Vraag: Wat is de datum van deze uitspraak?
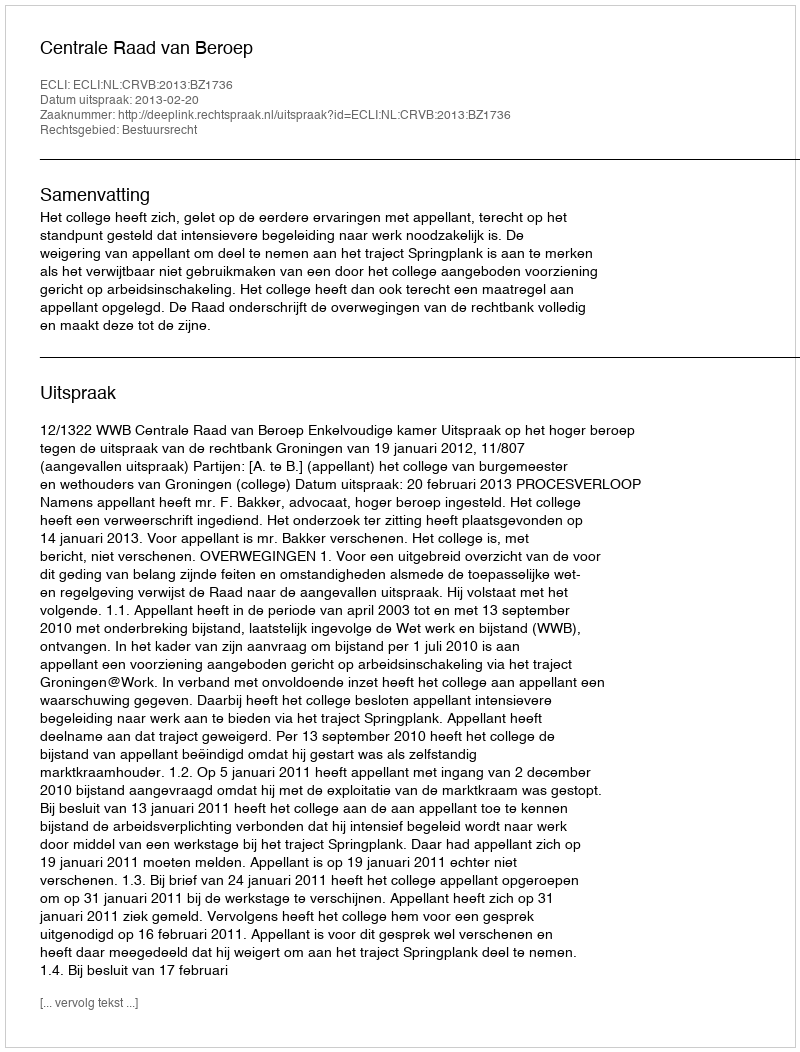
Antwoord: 2013-02-20